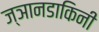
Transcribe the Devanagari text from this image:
ज्ञानडाकिनी